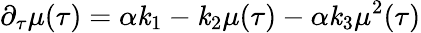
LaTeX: {}\partial_{\tau}\mu(\tau)=\alpha\mathit{k}_{1}-\mathit{k}_{2}\mu(\tau)-\alpha\mathit{k}_{3}\mu^{2}(\tau)